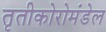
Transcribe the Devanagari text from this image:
तृतीकोरोमंडेल